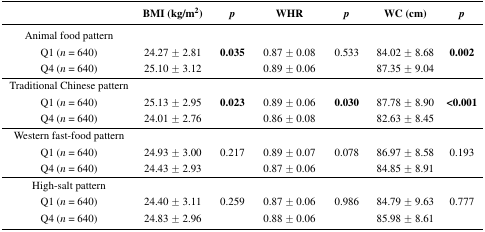
<table><thead><tr><td></td><td><b>BMI (kg/m<sup>2</sup>)</b></td><td><b><i>p</i></b></td><td><b>WHR</b></td><td><b><i>p</i></b></td><td><b>WC (cm)</b></td><td><b><i>p</i></b></td></tr></thead><tbody><tr><td>Animal food pattern</td><td></td><td></td><td></td><td></td><td></td><td></td></tr><tr><td>Q1 (<i>n</i> = 640)</td><td>24.27 ± 2.81</td><td><b>0.035</b></td><td>0.87 ± 0.08</td><td>0.533</td><td>84.02 ± 8.68</td><td><b>0.002</b></td></tr><tr><td>Q4 (<i>n</i> = 640)</td><td>25.10 ± 3.12</td><td></td><td>0.89 ± 0.06</td><td></td><td>87.35 ± 9.04</td><td></td></tr><tr><td>Traditional Chinese pattern</td><td></td><td></td><td></td><td></td><td></td><td></td></tr><tr><td>Q1 (<i>n</i> = 640)</td><td>25.13 ± 2.95</td><td><b>0.023</b></td><td>0.89 ± 0.06</td><td><b>0.030</b></td><td>87.78 ± 8.90</td><td><b>&lt;0.001</b></td></tr><tr><td>Q4 (<i>n</i> = 640)</td><td>24.01 ± 2.76</td><td></td><td>0.86 ± 0.08</td><td></td><td>82.63 ± 8.45</td><td></td></tr><tr><td>Western fast-food pattern</td><td></td><td></td><td></td><td></td><td></td><td></td></tr><tr><td>Q1 (<i>n</i> = 640)</td><td>24.93 ± 3.00</td><td>0.217</td><td>0.89 ± 0.07</td><td>0.078</td><td>86.97 ± 8.58</td><td>0.193</td></tr><tr><td>Q4 (<i>n</i> = 640)</td><td>24.43 ± 2.93</td><td></td><td>0.87 ± 0.06</td><td></td><td>84.85 ± 8.91</td><td></td></tr><tr><td>High-salt pattern</td><td></td><td></td><td></td><td></td><td></td><td></td></tr><tr><td>Q1 (<i>n</i> = 640)</td><td>24.40 ± 3.11</td><td>0.259</td><td>0.87 ± 0.06</td><td>0.986</td><td>84.79 ± 9.63</td><td>0.777</td></tr><tr><td>Q4 (<i>n</i> = 640)</td><td>24.83 ± 2.96</td><td></td><td>0.88 ± 0.06</td><td></td><td>85.98 ± 8.61</td><td></td></tr></tbody></table>